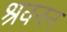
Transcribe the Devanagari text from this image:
श्रवनन